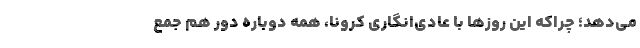
می‌دهد؛ چراکه این روزها با عادی‌انگاری کرونا، همه دوباره دور هم جمع